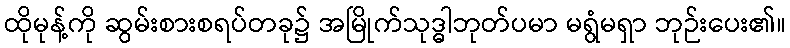
ထိုမုန့်ကို ဆွမ်းစားစရပ်တခု၌ အမြိုက်သုဒ္ဓါဘုတ်ပမာ မရွံမရှာ ဘုဉ်းပေး၏။